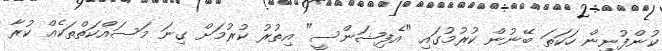
ކުންފުނިން ހަކަތަ ބޭނުން ކުރުމުގައި "އެފިޝަންސީ" އިތުރު ކުރުމަށް ގިނަ މަސައްކަތްތަކެއް ކުރާ